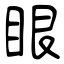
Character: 眼